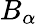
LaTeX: B_{\alpha}